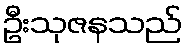
ဦးသုဇနသည်